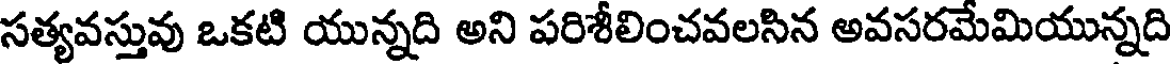
సత్యవస్తువు ఒకటి యున్నది అని పరిశీలించవలసిన అవసరమేమియున్నది